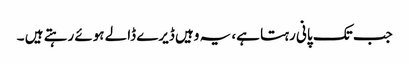
جب تک پانی رہتا ہے، یہ وہیں ڈیرے ڈالے ہوئے رہتے ہیں ۔